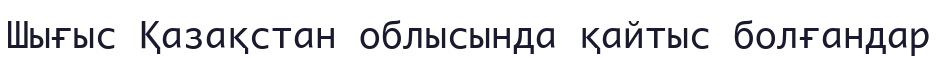
Шығыс Қазақстан облысында қайтыс болғандар